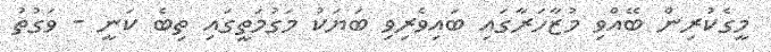
މީގެކުރިން ބޭއްވި މުޒާހަރާގައި ބައިވެރިވި ބަޔަކު މަގުމަތީގައި ތިބެ ކަނީ - ވަގުތު